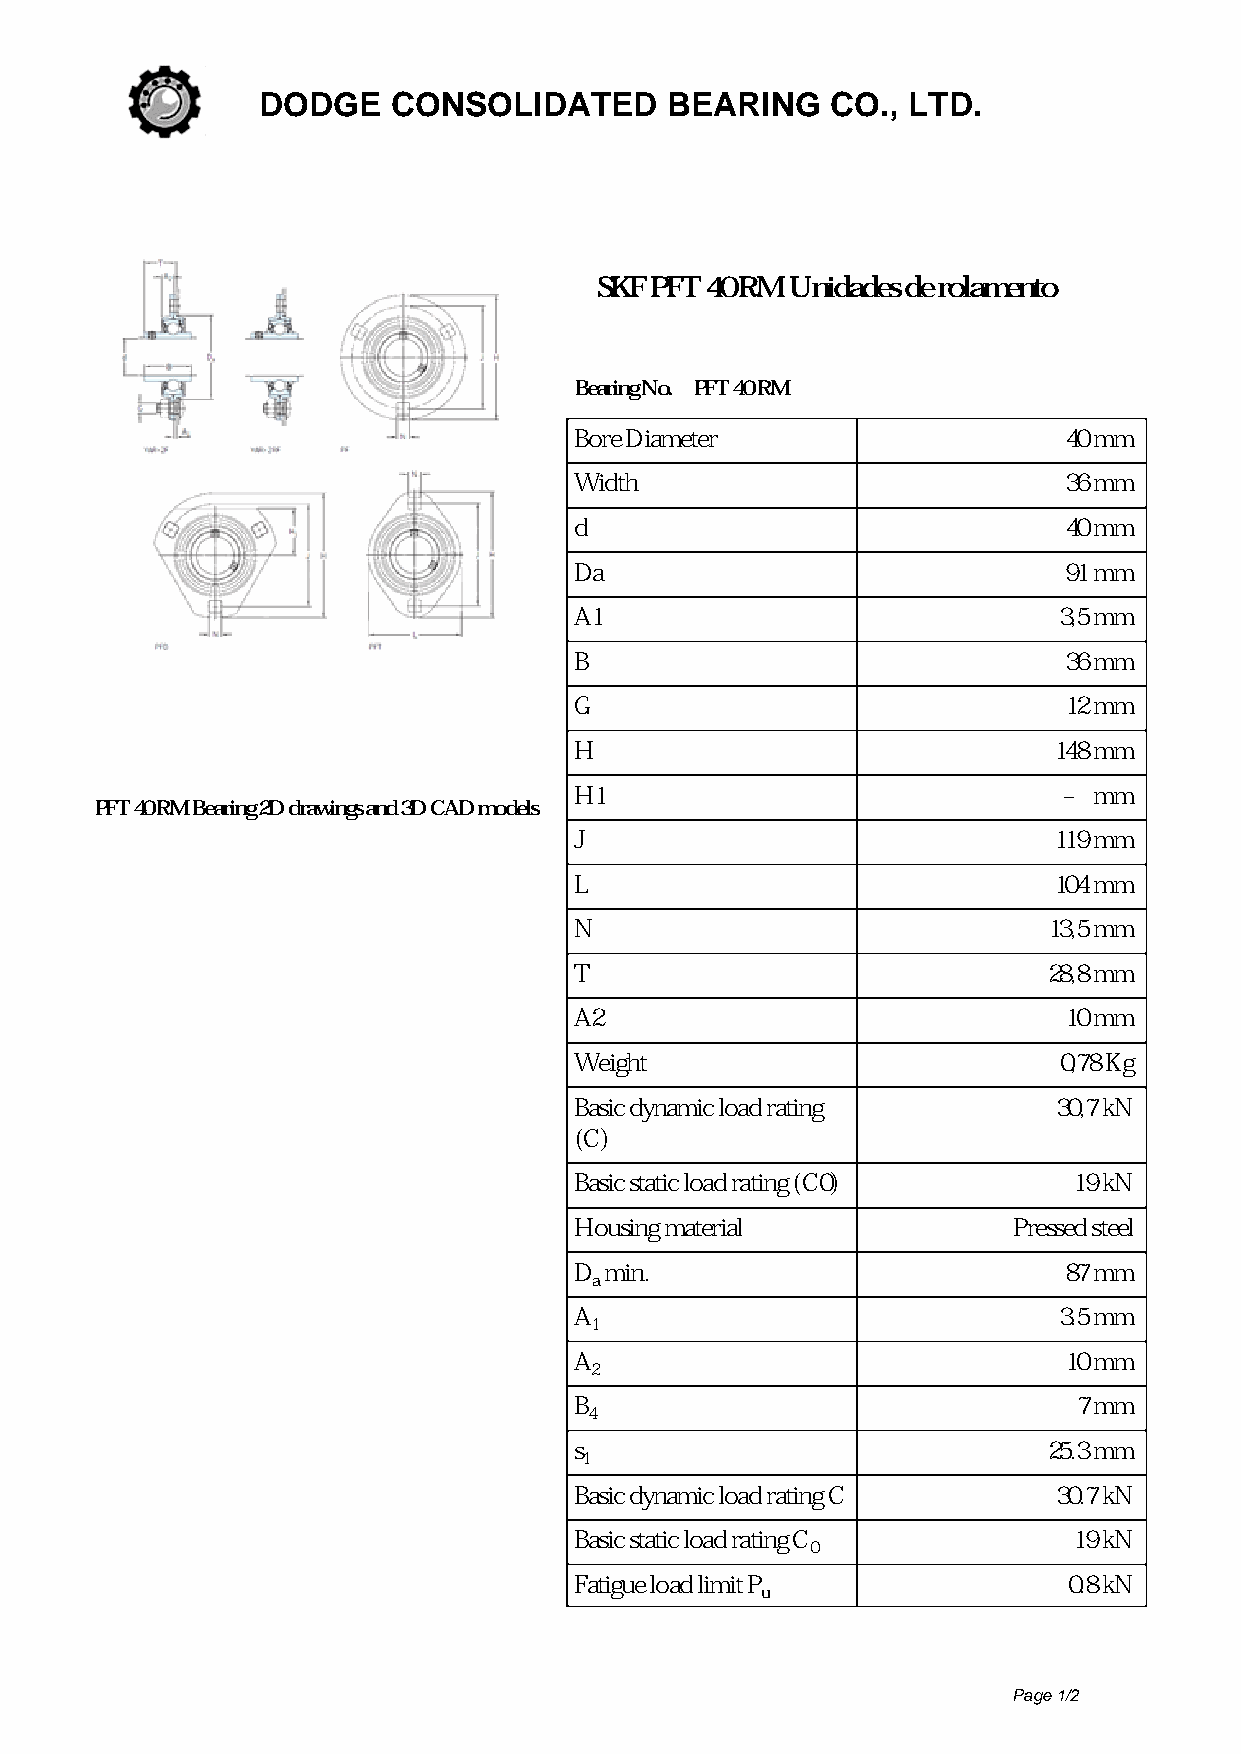
DODGE    CONSOLIDATED      BEARING    CO., LTD.
 SKF PFT 40 RM Unidades de rolamento
 Bearing No. PFT 40 RM
 Bore Diameter                   40 mm
 Width                           36 mm
 d                               40 mm
 Da                              91 mm
 A1                              3,5 mm
 B                               36 mm
 G                               12 mm
 H                               148 mm
 H1                              – mm
 PFT 40 RM Bearing 2D drawings and 3D CAD models
 J                               119 mm
 L                               104 mm
 N                              13,5 mm
 T                              28,8 mm
 A2                              10 mm
 Weight                          0,78 Kg
 Basic dynamic load rating       30,7 kN
 (C)
 Basic static load rating (C0)    19 kN
 Housing material             Pressed steel
 D min.                          87 mm
 a
 A                               3.5 mm
 1
 A                               10 mm
 2
 B                                7 mm
 4
 s                              25.3 mm
 1
 Basic dynamic load rating C     30.7 kN
 Basic static load rating C       19 kN
 0
 Fatigue load limit P             0.8 kN
 u
 Page 1/2